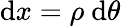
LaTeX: \mathrm{d}x=\rho~\mathrm{d}\theta